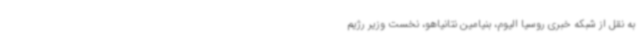
به نقل از شبکه خبری روسیا الیوم، بنیامین نتانیاهو، نخست وزیر رژیم